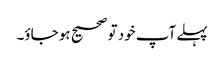
پہلے آپ خود تو صحیح ہو جاؤ۔